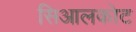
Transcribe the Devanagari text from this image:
सिआलकोट